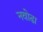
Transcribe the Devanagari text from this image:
नवोढा